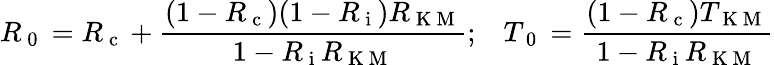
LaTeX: R_{\mathrm{~0~}}=R_{\mathrm{~c~}}+\frac{(1-R_{\mathrm{~c~}})(1-R_{\mathrm{~i~}})R_{\mathrm{~K~M~}}}{1-R_{\mathrm{~i~}}R_{\mathrm{~K~M~}}};\, \, \, \, \, T_{\mathrm{~0~}}=\frac{(1-R_{\mathrm{~c~}})T_{\mathrm{~K~M~}}}{1-R_{\mathrm{~i~}}R_{\mathrm{~K~M~}}}